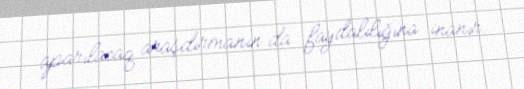
aparılacaq araşdırmanın da faydalılığına inanır.